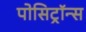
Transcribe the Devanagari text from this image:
पोसिट्रॉन्स